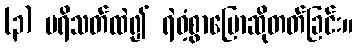
(၃) ပရိသတ်ထဲ၍ ရဲဝံ့စွာပြောဆိုတတ်ခြင်း။